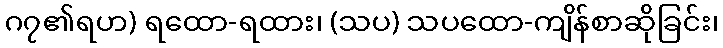
ဂ၇၏ရဟ) ရထော-ရထား၊ (သပ) သပထော-ကျိန်စာဆိုခြင်း၊